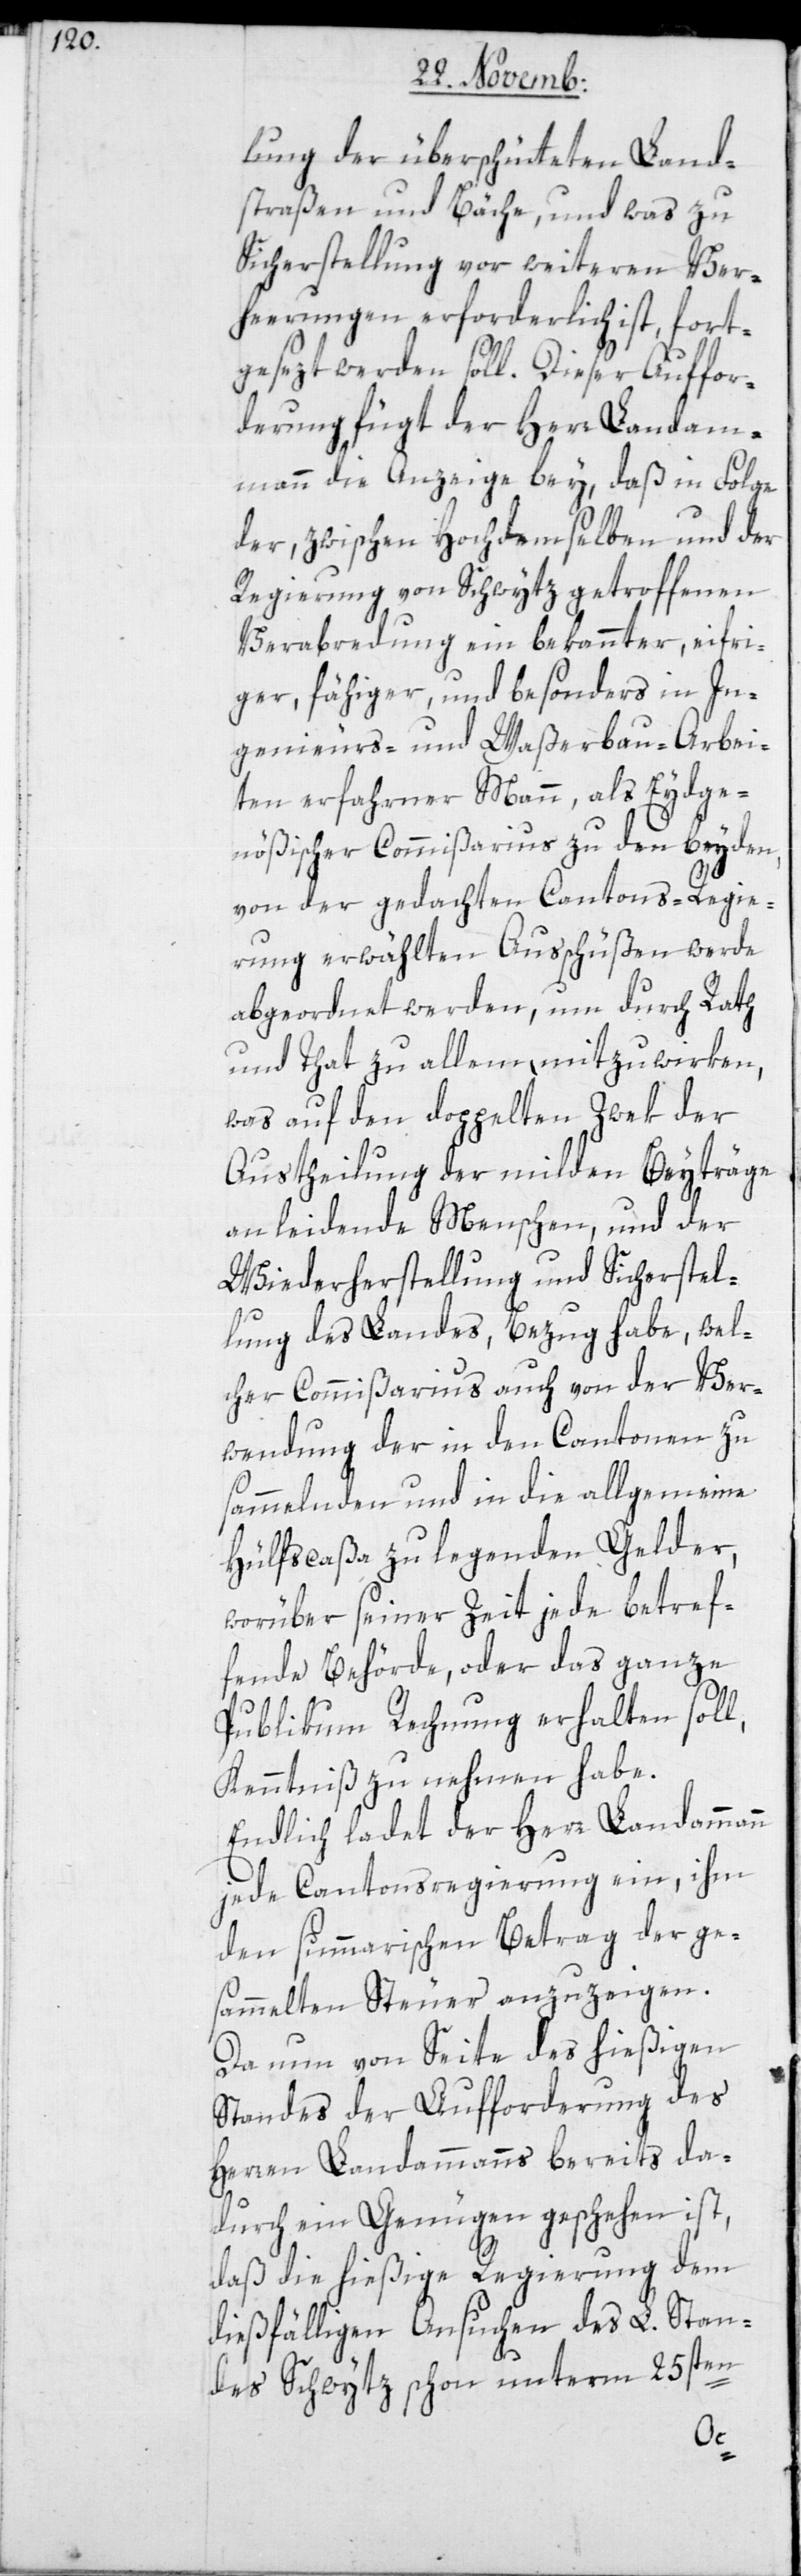
lung der überschütteten Land¬
straßen und Bäche, und was zu
Sicherstellung vor weiteren Ver¬
heerungen erforderlich ist, fort¬
gesezt werden soll. Dieser Auffor¬
derung fügt der Herr Landam¬
mann die Anzeige bey, daß in Folge
der, zwischen Hochdemselben und der
Regierung von Schwytz getroffenen
Verabredung ein bekannter, eifri¬
ger, fähiger und besonders in In¬
genieurs- und Waßerbau-Arbei¬
ten erfahrner Mann, als Eydge¬
nößischer Commißarius zu den beyden
von der gedachten Cantons-Regie¬
rung erwählten Ausschüßen werde
abgeordnet werden, um durch Rath
und That zu allem mitzuwirken,
was auf den doppelten Zwek der
Austheilung der milden Beyträge
an leidende Menschen, und der
Wiederherstellung und Sicherstel¬
lung des Landes, Bezug habe, wel¬
cher Commißarius auch von der Ver¬
wendung der in den Cantonen zu
sammelnden und in die allgemeine
Hülfscaßa zu legenden Gelder,
worüber seiner Zeit jede betref¬
fende Behörde, oder das ganze
Publikum Rechnung erhalten soll,
Kenntniß zu nehmen habe.
Endlich ladet der Herr Landammann
jede Cantonsregierung ein, ihm
den summarischen Betrag der ge¬
sammelten Steuer anzuzeigen.
Da nun von Seite des hießigen
Standes der Aufforderung des
Herren Landammanns bereits da¬
durch ein Genügen geschehen ist,
daß die hießige Regierung dem
dießfälligen Ansuchen des L. Stan¬
des Schwytz schon unterm 25sten